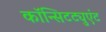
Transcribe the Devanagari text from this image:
कॉन्सिटट्युएंट